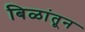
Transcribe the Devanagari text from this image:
बिळांतून